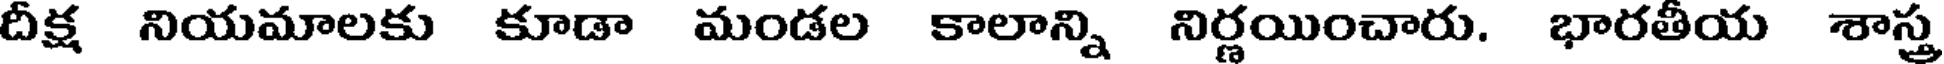
దీక్ష నియమాలకు కూడా మండల కాలాన్ని నిర్ణయించారు. భారతీయ శాస్త